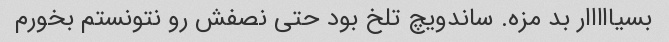
بسیااااار بد مزه. ساندویچ تلخ بود حتی نصفش رو نتونستم بخورم